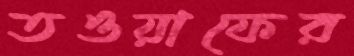
তওয়াফের